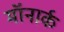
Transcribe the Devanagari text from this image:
मॉनार्क